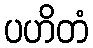
ပဟိတံ